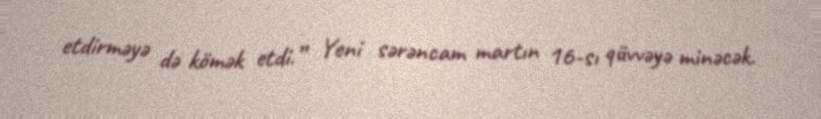
etdirməyə də kömək etdi.” Yeni sərəncam martın 16-sı qüvvəyə minəcək.